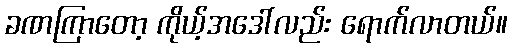
ခဏကြာတော့ ကိုယ့်အဒေါ်လည်း ရောက်လာတယ်။